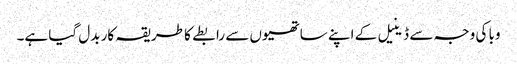
وبا کی وجہ سے ڈینیل کے اپنے ساتھیوں سے رابطے کا طریقہ کار بدل گیا ہے۔